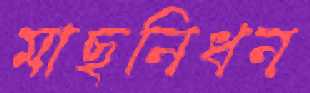
মাছনিধন